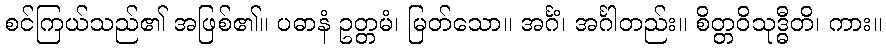
စင်ကြယ်သည်၏ အဖြစ်၏။ ပဓာနံ ဥတ္တမံ၊ မြတ်သော။ အင်္ဂံ၊ အင်္ဂါတည်း။ စိတ္တဝိသုဒ္ဓီတိ၊ ကား။